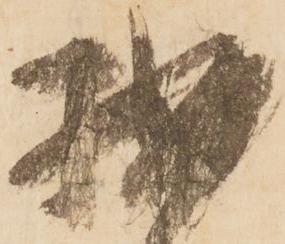
拙